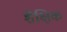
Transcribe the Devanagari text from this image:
शैक्षिक